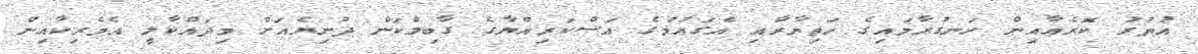
އުތުރު ކޮރެއާއިން ހަނގުރާމައިގެ ހަތިޔާރާއި އެގައުމުގެ އަސްކަރިއްޔާގެ ގާބިލްކަން ދުނިޔެއަށް މިދައްކާލީ އެމެރިކާއިން